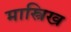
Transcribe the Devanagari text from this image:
मास्त्रिख